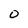
Character: O